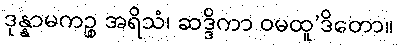
ဒုန္နာမကဉ္စ အရိသံ၊ ဆဒ္ဒိကာ ဝမထူ’ဒိတော။